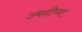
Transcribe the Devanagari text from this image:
उमदीच्या